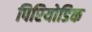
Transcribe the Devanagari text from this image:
पिरियोडिक